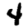
Digit: 4